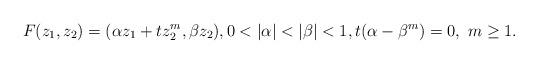
LaTeX: \begin{align*}F(z_1,z_2)=(\alpha z_1+tz_2^m, \beta z_2), 0<|\alpha|< |\beta|<1,t(\alpha-\beta^m)=0, \ m\ge 1.\end{align*}